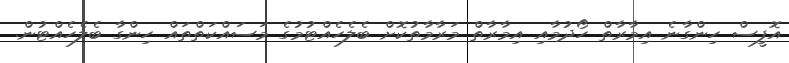
އޮފީސް ހިންގާނެ އިމާރާތް ހޯދުމާއި އިމާރާތް މަރާމާތުކޮށް ބެލެހެއްޓުމުގެ މަސައްކަތްތައް ހިންގާ ބެލެހެއްޓުން.